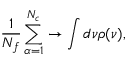
\frac { 1 } { N _ { f } } \sum _ { \alpha = 1 } ^ { N _ { c } } \rightarrow \int d \nu \rho ( \nu ) ,